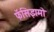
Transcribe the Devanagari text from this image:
फॅसिझमो